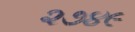
૨૭૪૯